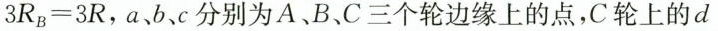
3 R _ { B } = 3 R$$，a、b、c分别为A、B、C三个轮边缘上的点，C 轮上的 d